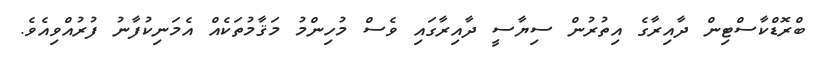
ބްރޮޑްކާސްޓިން ދާއިރާގެ އިތުރުން ސިޔާސީ ދާއިރާގައި ވެސް މުހިންމު މަޤާމުތަކެއް އެމަނިކުފާނު ފުރުއްވިއެވެ.